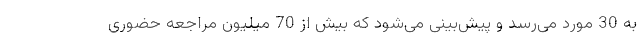
به 30 مورد می‌رسد و پیش‌بینی می‌شود که بیش از 70 میلیون مراجعه حضوری